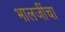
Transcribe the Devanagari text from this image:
भालजींचा